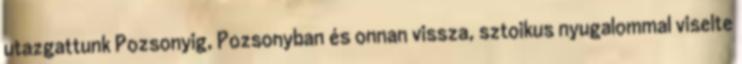
utazgattunk Pozsonyig, Pozsonyban és onnan vissza, sztoikus nyugalommal viselte